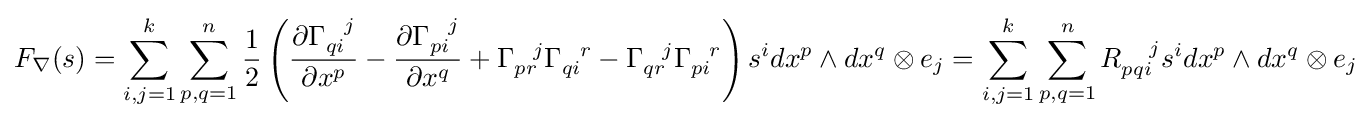
F_{\nabla }(s)=\sum _{i,j=1}^{k}\sum _{p,q=1}^{n}{\frac {1}{2}}\left({\frac {\partial \Gamma _{qi}^{\ \ j}}{\partial x^{p}}}-{\frac {\partial \Gamma _{pi}^{\ \ j}}{\partial x^{q}}}+\Gamma _{pr}^{\ \ j}\Gamma _{qi}^{\ \ r}-\Gamma _{qr}^{\ \ j}\Gamma _{pi}^{\ \ r}\right)s^{i}dx^{p}\wedge dx^{q}\otimes e_{j}=\sum _{i,j=1}^{k}\sum _{p,q=1}^{n}R_{pqi}^{\ \ \ j}s^{i}dx^{p}\wedge dx^{q}\otimes e_{j}